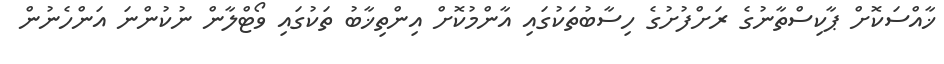
ޚާއްސަކޮށް ޕާކިސްތާނުގެ ރަށްފުށުގެ ހިސާބުތަކުގައި އާންމުކޮށް އިންތިޚާބު ތަކުގައި ވޯޓްލާން ނުކުންނަ އަންހެނުން